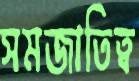
সমজাতিত্ব